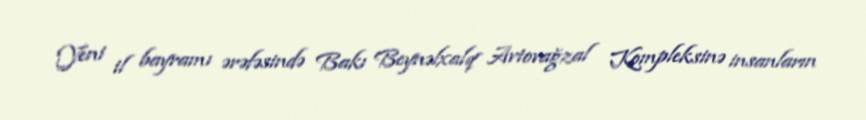
Yeni il bayramı ərəfəsində Bakı Beynəlxalq Avtovağzal Kompleksinə insanların